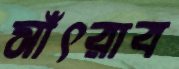
সাঁৎরাব